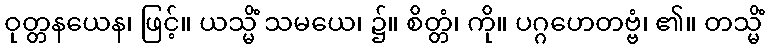
ဝုတ္တနယေန၊ ဖြင့်။ ယသ္မိံ သမယေ၊ ၌။ စိတ္တံ၊ ကို။ ပဂ္ဂဟေတဗ္ဗံ၊ ၏။ တသ္မိံ